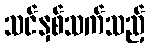
သင်နှစ်သက်သည့်